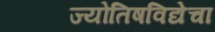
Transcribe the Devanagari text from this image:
ज्योतिषविद्येचा